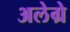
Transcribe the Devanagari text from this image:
अलेग्रे